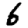
Digit: 6